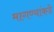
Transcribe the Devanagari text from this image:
मागण्यांकडे